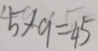
5 \times 9 = 4 5